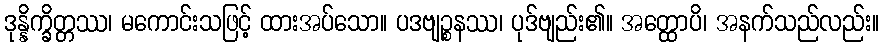
ဒုန္နိက္ခိတ္တဿ၊ မကောင်းသဖြင့် ထားအပ်သော။ ပဒဗျဉ္စနဿ၊ ပုဒ်ဗျည်း၏။ အတ္ထောပိ၊ အနက်သည်လည်း။